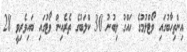
އިންތިހާބުގައި ވޯޓްލުމުގެ ހައްގު ލިބުނު 30 ކްލަބުގެ ތެރެއިން ވޯޓުގައި ބައިވެރިވީ 28